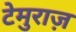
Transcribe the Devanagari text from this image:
टेमुराज़